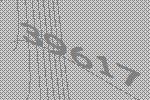
39617